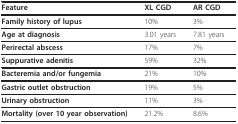
| Feature | XL CGD | AR CGD |
 | --- | --- | --- |
 | Family history of lupus | 10% | 3% |
 | Age at diagnosis | 3.01 years | 7.81 years |
 | Perirectal abscess | 17% | 7% |
 | Suppurative adenitis | 59% | 32% |
 | Bacteremia and/or fungemia | 21% | 10% |
 | Gastric outlet obstruction | 19% | 5% |
 | Urinary obstruction | 11% | 3% |
 | Mortality (over 10 year observation) | 21.2% | 8.6% |